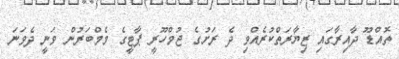
ތޮއްޑޫ ދާއިރާގައި ޒިޔާރަތްކުރެއްވި ދެ ރަށުގެ ޖުމްހޫރީ ޕާޓީގެ މެމްބަރުން ވަނީ ދެވަނަ